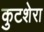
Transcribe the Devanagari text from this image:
कुटशेरा